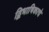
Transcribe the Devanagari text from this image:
द्विभाषिकाचे